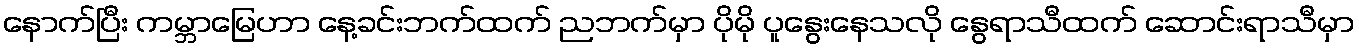
နောက်ပြီး ကမ္ဘာမြေဟာ နေ့ခင်းဘက်ထက် ညဘက်မှာ ပိုမို ပူနွေးနေသလို နွေရာသီထက် ဆောင်းရာသီမှာ